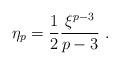
LaTeX: \begin{align*}\eta_p={1\over 2} {\xi^{p-3}\over {p-3}}~.\end{align*}